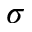
\sigma